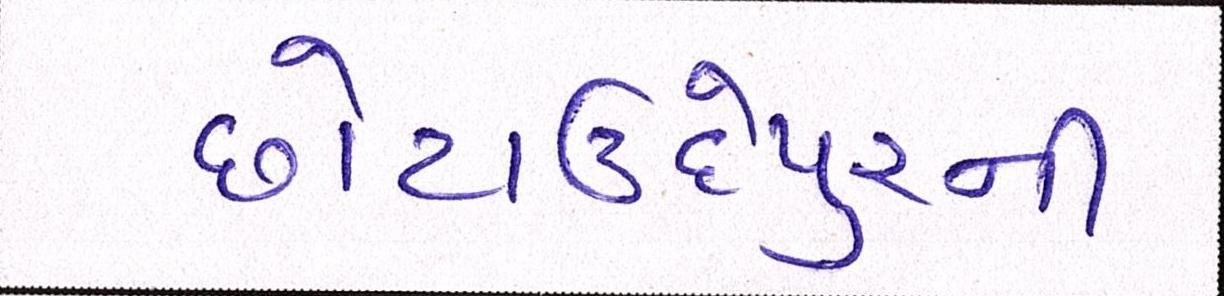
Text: છોટાઉદેપુરની